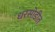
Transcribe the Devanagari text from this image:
धरसोडीत